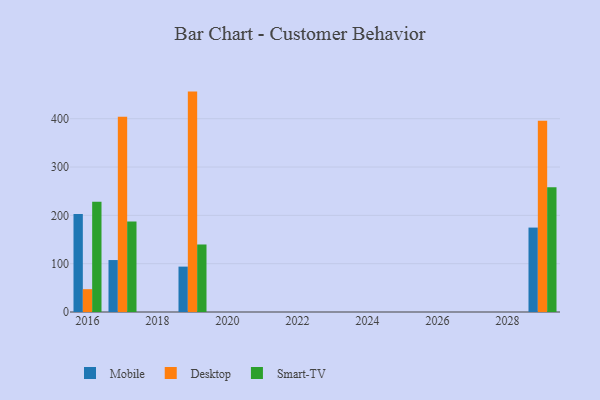
{"axis": {"x": "Year", "y": "Backlog"}, "legend": ["Desktop", "Mobile", "Smart-TV"], "data": [{"x": "2029", "y": 174.7, "type": "Mobile"}, {"x": "2029", "y": 395.8, "type": "Desktop"}, {"x": "2029", "y": 258.2, "type": "Smart-TV"}, {"x": "2019", "y": 93.9, "type": "Mobile"}, {"x": "2019", "y": 456.1, "type": "Desktop"}, {"x": "2019", "y": 139.7, "type": "Smart-TV"}, {"x": "2016", "y": 202.8, "type": "Mobile"}, {"x": "2016", "y": 47.2, "type": "Desktop"}, {"x": "2016", "y": 228.0, "type": "Smart-TV"}, {"x": "2017", "y": 107.5, "type": "Mobile"}, {"x": "2017", "y": 404.3, "type": "Desktop"}, {"x": "2017", "y": 187.4, "type": "Smart-TV"}]}